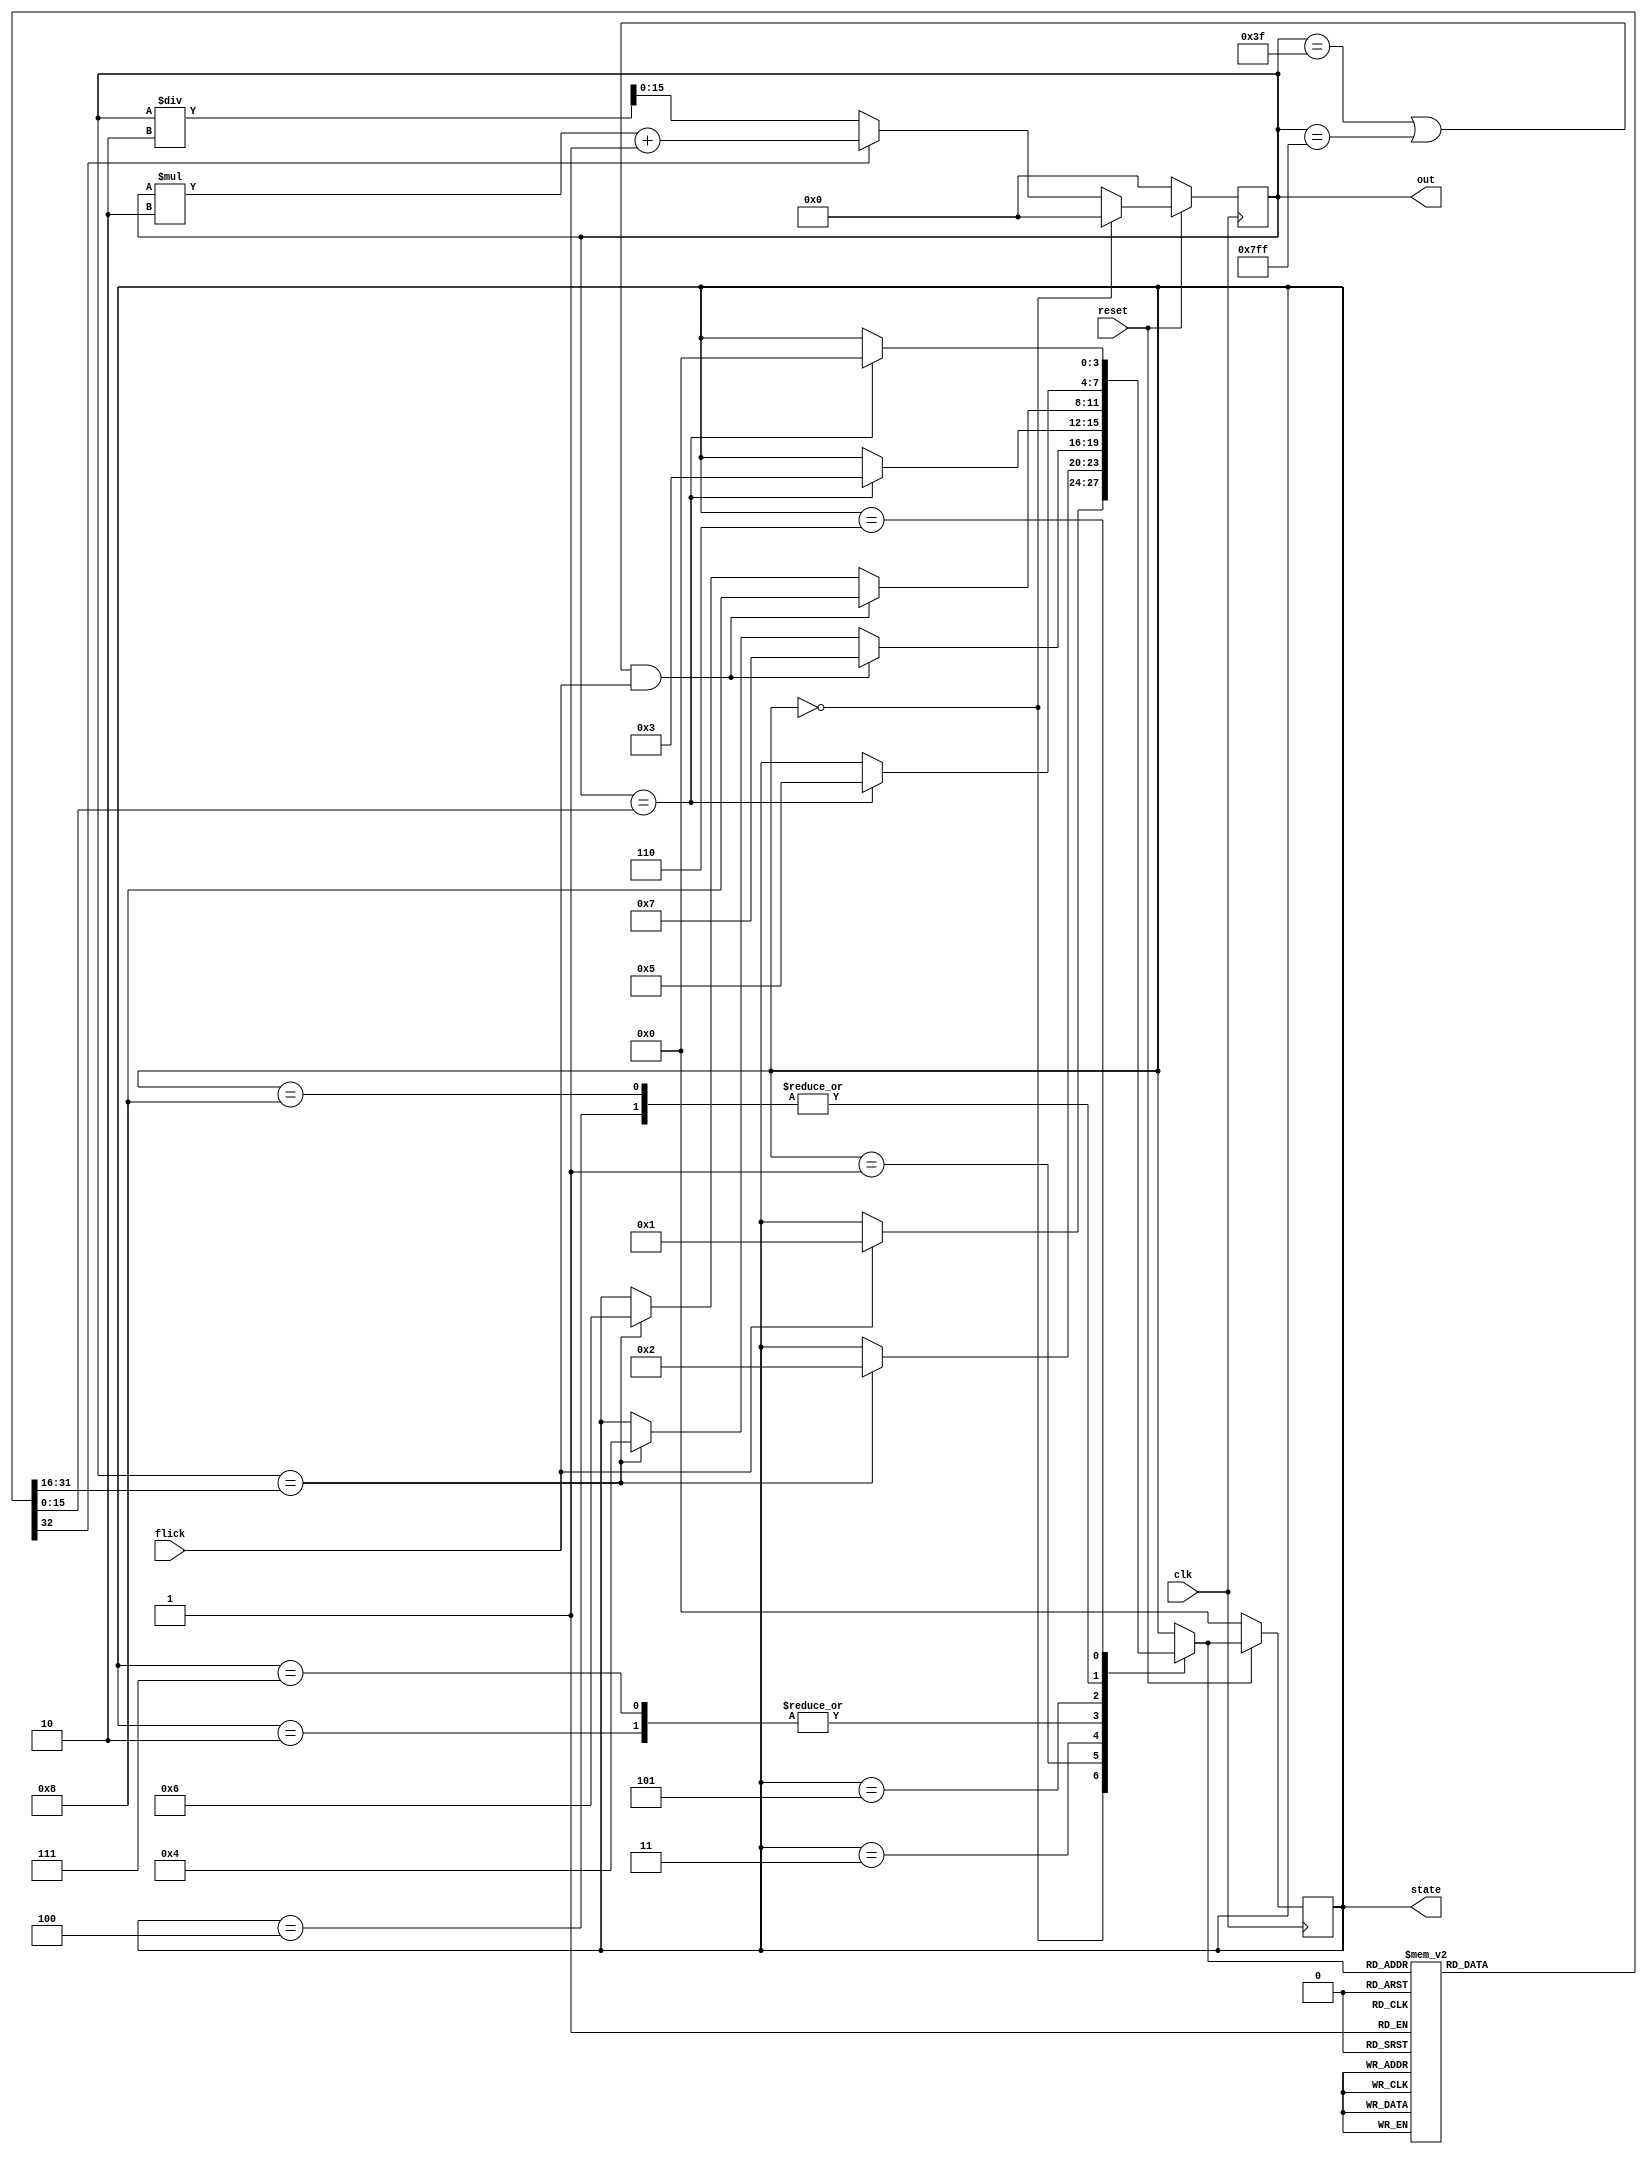
module bound_flasher(reset, flick, clk, out, state);
input clk, reset, flick; //input
output reg [15:0] out; //output
//define state and kickback point
parameter init = 4'b0000,
          s1 = 4'b0001,
          s2 = 4'b0010,
          s3 = 4'b0011,
          s4 = 4'b0100,
          s5 = 4'b0101,
          s6 = 4'b0110,
          s3_flick = 4'b0111,
          s5_flick = 4'b1000,
          kickbackPoint5 = 16'b0000_0000_0011_1111,
          kickbackPoint10 = 16'b0000_0111_1111_1111;

//variable define
reg [15:0] max; //store max value
reg [15:0] min;//store min value
reg countUp;//countUp=1 means lamps are gradually turn on.

//state for fsm
output reg [3:0] state;
reg [3:0] nextState;
reg [15:0] nextOutput;

//initial value
initial begin
    out = 0;
    nextOutput = 0;
    state = init;
    nextState = init;
    max = 0;
    min = 0;
    countUp = 0;
end

//reset block
always @(posedge clk) begin
    if (reset ==1'b0) begin
        state <= init;
        out <= 0;
    end
    else begin
        state <=nextState;
        out <= nextOutput;
    end
end

//update nextOutput 
always @(countUp, state, out) begin
    if (state == init) nextOutput <= 0;
    else begin
        if(countUp==1'b1) nextOutput <=out*2+1;
        else nextOutput <=out/2;
    end
end

//update nextState

always @(out, flick) begin
    case (state)
        init: begin
            if (flick == 1) nextState <= s1;
            else nextState <= state;
        end
        s1: begin
            if (out == max) nextState <= s2;
            else nextState <= state;
        end
        s2: begin
            if (out == min) nextState <= s3;
            else nextState <= state;
        end
        s3: begin
            if ((out == kickbackPoint5 || out == kickbackPoint10) && flick == 1) nextState <= s3_flick;
            else if (out == max) nextState <= s4;
            else nextState <= state;
        end
        s3_flick: begin
            if (out == min) nextState <= s3;
            else nextState <=state;
        end
        s4: begin
            if (out == min) nextState <= s5;
            else nextState <= state;
        end
        s5: begin
            if ((out == kickbackPoint5 || out == kickbackPoint10) && flick == 1) nextState <= s5_flick;
            else if (out == max) nextState <= s6;
            else nextState <= state;
        end
        s5_flick: begin
            if (out == min) nextState <= s5;
            else nextState <=state;
        end
        s6: begin
            if (out == min) nextState <= init;
            else nextState <= state;
        end
        default: nextState <= state;
    endcase
           
end
//update min,max

always @(nextState) begin
    case (nextState)
        init: begin
            min<=0;
            max<=0;
            countUp <= 0;
            end
        s1: begin
            min<=0;
            max<=16'b0000_0000_0011_1111;
            countUp <= 1;
            end
        s2: begin
            min<=0;
            max<=16'b0000_0000_0011_1111;
            countUp <= 0;
            end
        s3: begin
            min<=0;
            max<=16'b0000_0111_1111_1111;
            countUp <= 1;
            end
        s4: begin
            min<=16'b0000_0000_0001_1111;
            max<=16'b0000_0111_1111_1111;
            countUp <= 0;
            end
        s5: 
        begin
            min<=16'b0000_0000_0001_1111;
            max<=16'b1111_1111_1111_1111;
            countUp <= 1;
        end
        s6:
        begin
            min<=0;
            max<=16'b1111_1111_1111_1111;
            countUp <= 0;
        end
        s3_flick:
        begin
            min <=0;
            max <=16'b0000_0000_0011_1111;
            countUp <=0;
        end
        
        s5_flick:
        begin
            min <=16'b0000_0000_0001_1111;
            max <=16'b0000_0111_1111_1111;
            countUp <=0;
        end
        
        default:
        begin
            min<=0;
            max<=0;
            countUp = 0;
        end
    endcase
end

endmodule